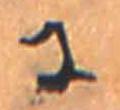
に